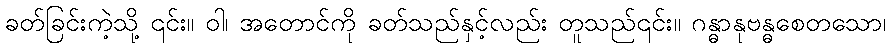
ခတ်ခြင်းကဲ့သို့ ၎င်း။ ဝါ၊ အတောင်ကို ခတ်သည်နှင့်လည်း တူသည်၎င်း။ ဂန္ဓာနုဗန္ဓစေတသော၊